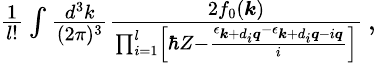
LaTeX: \begin{array}{r}{\frac{1}{l!}\int\frac{d^{3}k}{(2\pi)^{3}}\frac{2f_{0}(\boldsymbol{k})}{\prod_{i=1}^{l}\left[\hbar{Z}-\frac{\epsilon_{\boldsymbol{k}+d_{i}\boldsymbol{q}}-\epsilon_{\boldsymbol{k}+d_{i}\boldsymbol{q}-i\boldsymbol{q}}}{i}\right]}\, ,}\end{array}